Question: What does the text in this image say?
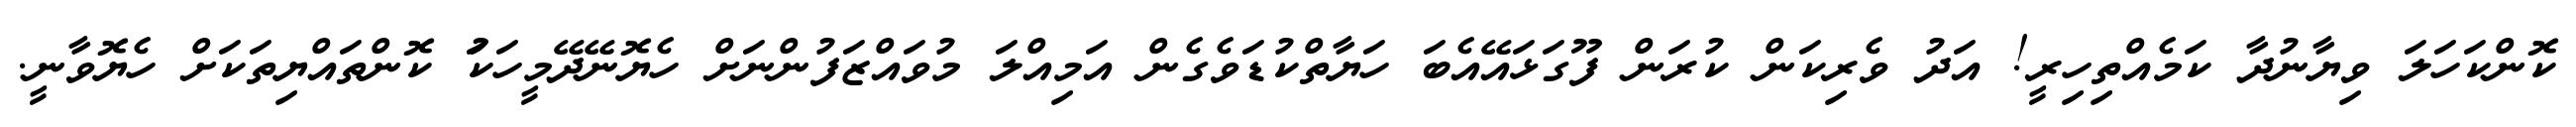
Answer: ކޮންކަހަލަ ވިޔާނުދާ ކަމެއްތިހިރީ! އަދު ވެރިކަން ކުރަން ފޫގަޅައޭއެބަ ހަޔާތްކުޑަވެގެން އަމިއްލަ މުވައްޒަފުންނަށް ހެޔޮނޭދޭމީހަކަު ކޮންތައްޔިތަކަށް ހެޔޮވާނީ.